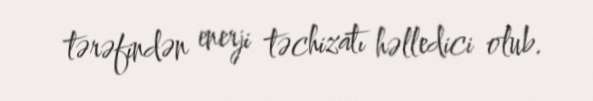
tərəfindən enerji təchizatı həlledici olub.